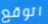
اتوقع